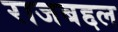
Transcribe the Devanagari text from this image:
राजबद्दल